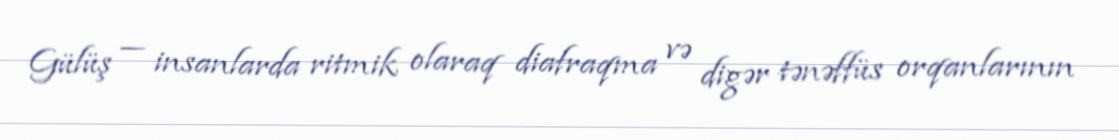
Gülüş — insanlarda ritmik olaraq diafraqma və digər tənəffüs orqanlarının